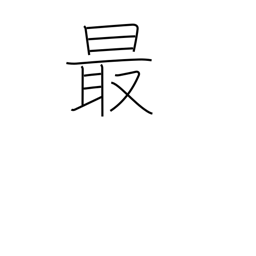
Meaning: most